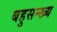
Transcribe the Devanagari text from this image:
बहुसन्ख्य